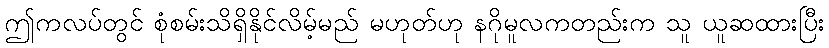
ဤကလပ်တွင် စုံစမ်းသိရှိနိုင်လိမ့်မည် မဟုတ်ဟု နဂိုမူလကတည်းက သူ ယူဆထားပြီး